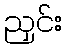
ညှင်း